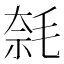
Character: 𣮦